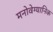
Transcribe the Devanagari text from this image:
मनोवेग्यानिक